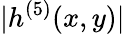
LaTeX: |h^{(5)}(x,y)|